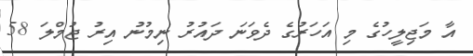
އާ މަޖިލީހުގެ މި އަހަރުގެ ދެވަނަ ދައުރު ނިމުނު އިރު ޖުމްލަ 58